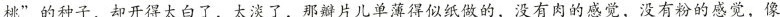
桃”的种子，却开得太白了，太淡了，那辩片儿单薄得似纸做的，没有肉的感觉，没有粉的感觉，像